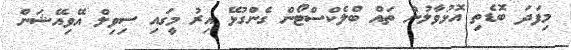
މިފަދަ ބޮޑެތި އޮޅުވާލުން ތައް ބްލެކްސްޓޯން ގެންގުޅޭ އިރު މީގައި ސިވިލް އޭވިއޭޝަން